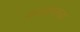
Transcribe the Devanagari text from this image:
नारायणगडा